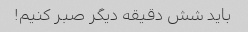
باید شش دقیقه دیگر صبر کنیم!